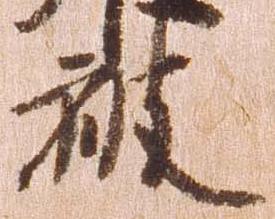
被